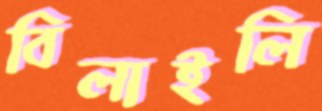
বিলাইলি